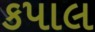
કપાલ